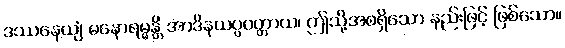
ဒဿနေယျံ မနောရမ္မန္တိ အာဒိနယပ္ပဝတ္တာယ၊ ဤသို့အစရှိသော နည်းဖြင့် ဖြစ်သော။